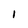
Character: 1